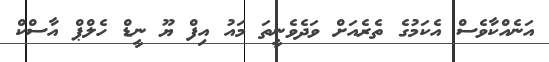
އަނެއްކާވެސް އެކަމުގެ ތެރެއަށް ވަދެވެނީތަ މައު އިފް ޔޫ ނީޑް ހެލްޕް އާސްކް